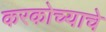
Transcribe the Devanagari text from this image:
करकोच्याचे